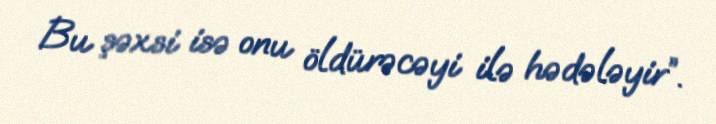
Bu şəxsi isə onu öldürəcəyi ilə hədələyir”.